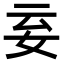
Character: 𡛍